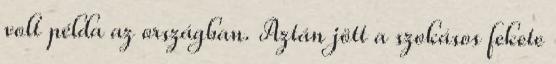
volt példa az országban. Aztán jött a szokásos fekete